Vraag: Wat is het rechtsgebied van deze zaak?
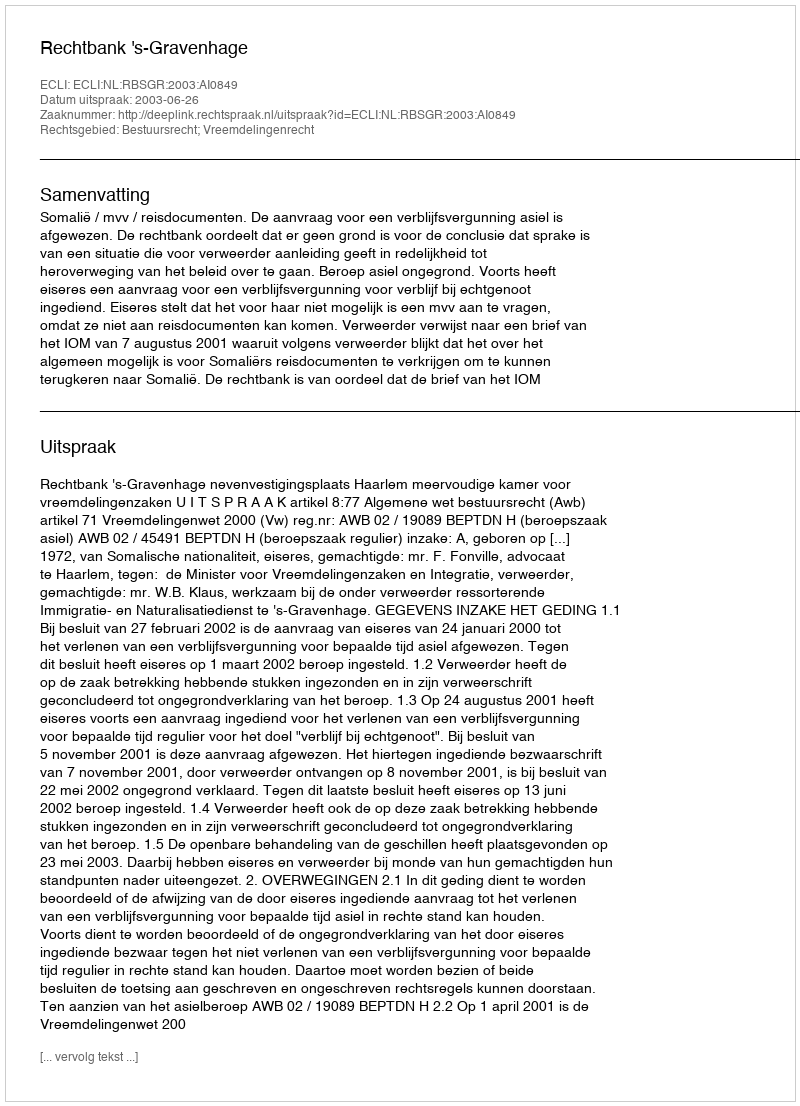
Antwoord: Bestuursrecht; Vreemdelingenrecht